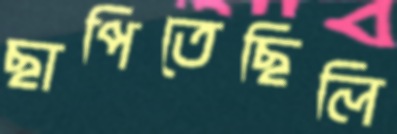
ছাপিতেছিলি